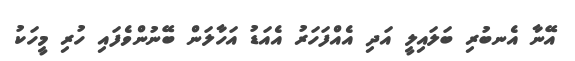
އޭނާ އެނބުރި ބަލައިލީ އަދި އެއްފަހަރު އެއަޑު އަހާލަން ބޭނުންވެފައި ހުރި މީހަކު